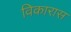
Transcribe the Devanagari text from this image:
विकारास